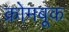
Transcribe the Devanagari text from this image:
क्रोमबूक